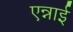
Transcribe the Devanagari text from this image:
एन्नाई